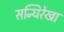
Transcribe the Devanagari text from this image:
सन्धिरेखा